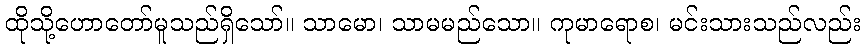
ထိုသို့ဟောတော်မူသည်ရှိသော်။ သာမော၊ သာမမည်သော။ ကုမာရောစ၊ မင်းသားသည်လည်း